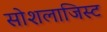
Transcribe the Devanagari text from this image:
सोशलाजिस्ट